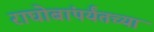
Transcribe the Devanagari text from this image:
राघोबांपर्यंतच्या